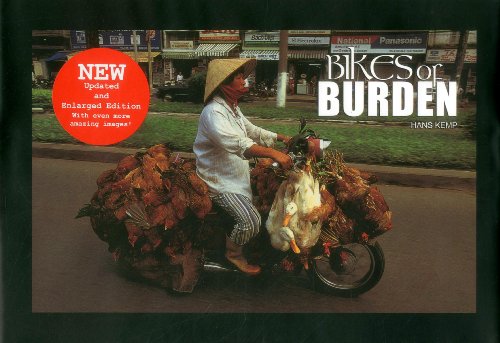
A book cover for Bikes of Burden; Hans Kemp; Travel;